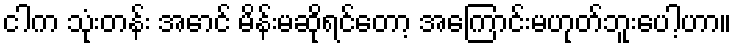
ငါက သုံးတန်း အောင် မိန်းမဆိုရင်တော့ အကြောင်းမဟုတ်ဘူးပေါ့ဟာ။